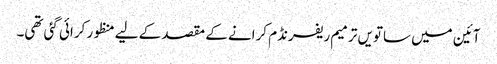
آئین میں ساتویں ترمیم ریفرنڈم کرانے کے مقصد کے لیے منظور کرائی گئی تھی۔